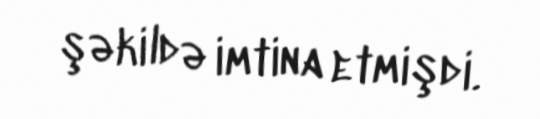
şəkildə imtina etmişdi.